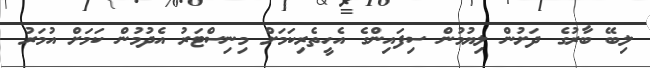
ލިބޭ ބާރުގެ ދަށުން ލިޔުމުން ސިފައިންގެ އެހީތެރިކަމަށް މިނިސްޓަރު އެދުމުން ކަމަށް އުމަރު